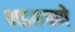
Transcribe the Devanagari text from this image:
भडकपणे